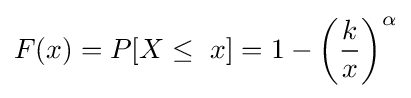
F(x)=P[X\leq \ x]=1-\left({\frac {k}{x}}\right)^{\alpha }